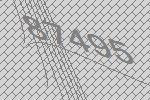
87495